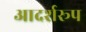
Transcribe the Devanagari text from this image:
आदर्शरूप